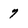
Character: 7